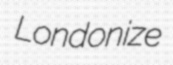
Londonize